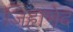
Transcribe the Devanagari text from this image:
जिह्यभेद